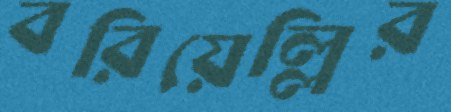
বরিয়েল্লির